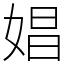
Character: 娼